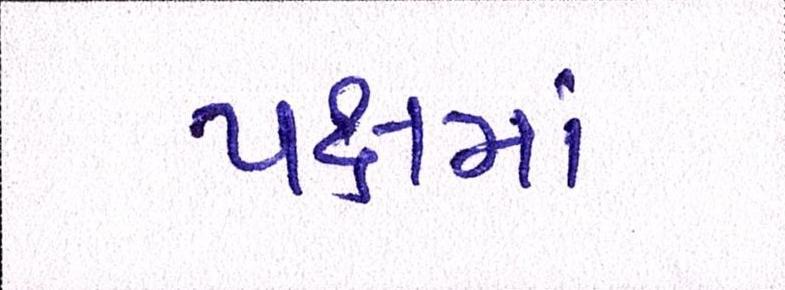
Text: પક્ષમાં